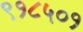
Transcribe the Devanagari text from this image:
९१८५०१